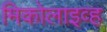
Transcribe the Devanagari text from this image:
मिकोलाइव्ह